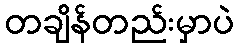
တချိန်တည်းမှာပဲ